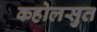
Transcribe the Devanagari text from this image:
कहोलसुत